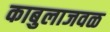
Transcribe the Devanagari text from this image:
काबुलाजवळ